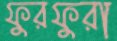
ফুরফুরা